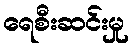
ရေစီးဆင်းမှု